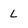
Character: l